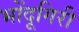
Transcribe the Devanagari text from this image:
भोंदूगिरी